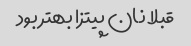
قبلا نان پیتزا بهتر بود